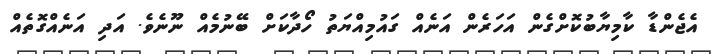
އެޖެންޑާ ކާމިޔާބުކޮށްގެން އަހަރެން އަނެއް ގައުމިއްޔަތު ހޯދާކަށް ބޭނުމެއް ނޫނެވެ. އަދި އަނެއްގޮތެއް